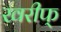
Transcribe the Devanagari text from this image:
खरीफ्